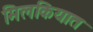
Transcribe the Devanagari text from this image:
मिलकियात